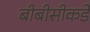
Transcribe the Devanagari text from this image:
बीबीसीकडे